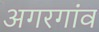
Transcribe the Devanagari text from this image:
अगरगांव